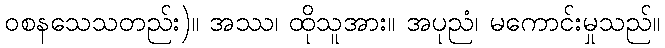
ဝစနသေသတည်း)။ အဿ၊ ထိုသူအား။ အပုညံ၊ မကောင်းမှုသည်။